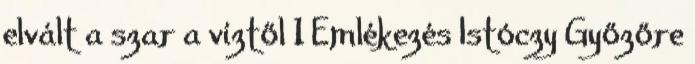
elvált a szar a víztől 1 Emlékezés Istóczy Győzőre